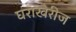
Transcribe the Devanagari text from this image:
घराखेरीज